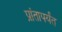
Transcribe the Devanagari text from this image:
प्रांतापर्यंत